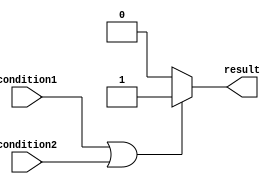
module if_else_or_statement(
    input wire condition1,
    input wire condition2,
    output reg result
);

always @(*)
begin
    if (condition1 || condition2) begin
        // block of code to execute if either condition1 or condition2 is true
        result <= 1;
    end
    else begin
        // block of code to execute if both condition1 and condition2 are false
        result <= 0;
    end
end

endmodule